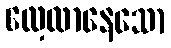
လေ့လာနေသော